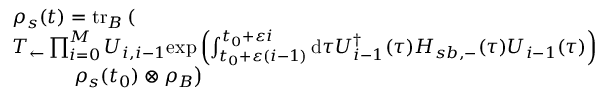
\begin{array} { r l } & { \rho _ { s } ( t ) = \mathrm { t r } _ { B } \left( \right. } \\ & { T _ { \leftarrow } \prod _ { i = 0 } ^ { M } U _ { i , i - 1 } \mathrm { e x p } \left( \int _ { t _ { 0 } + \varepsilon ( i - 1 ) } ^ { t _ { 0 } + \varepsilon i } \mathrm { d } \tau U _ { i - 1 } ^ { \dagger } ( \tau ) H _ { s b , - } ( \tau ) U _ { i - 1 } ( \tau ) \right) } \\ & { \qquad \quad \left. \rho _ { s } ( t _ { 0 } ) \otimes \rho _ { B } \right) } \end{array}